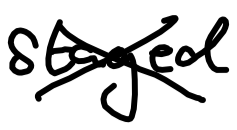
Text: staged
Cross-out: cross
Writing tool: digital_black